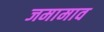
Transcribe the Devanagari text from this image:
जमामाव